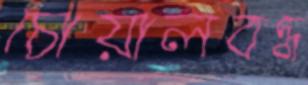
চোয়ালবদ্ধ